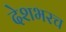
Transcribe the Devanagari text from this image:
देशभरच